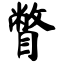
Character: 瞥